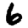
Digit: 6